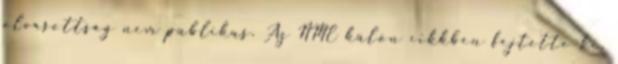
olvasottság nem publikus. Az NME külön cikkben fejtette ki,